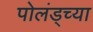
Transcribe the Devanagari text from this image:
पोलंड्च्या